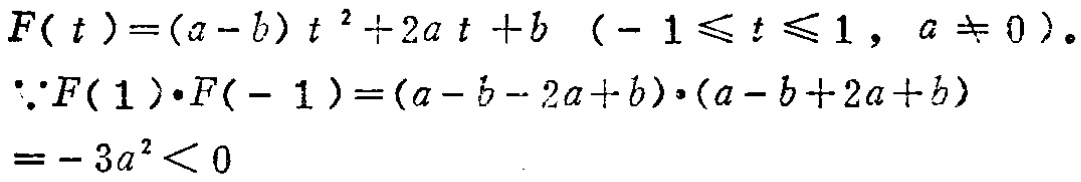
\[
\begin{align*}
&F(t)=(a - b)t^{2}+2at + b\quad(-1\leqslant t\leqslant1,a\neq0)\\
&\because F(1)\cdot F(-1)=(a - b - 2a + b)\cdot(a - b + 2a + b)\\
&=-3a^{2}<0
\end{align*}
\]